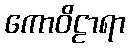
ကောဝိဠာရာ